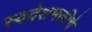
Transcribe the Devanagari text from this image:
स्वदेशभक्तीचे